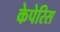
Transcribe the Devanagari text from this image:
केपेरिस